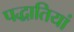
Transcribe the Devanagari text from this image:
पद्धातियां